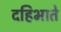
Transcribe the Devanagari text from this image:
दहिभाते